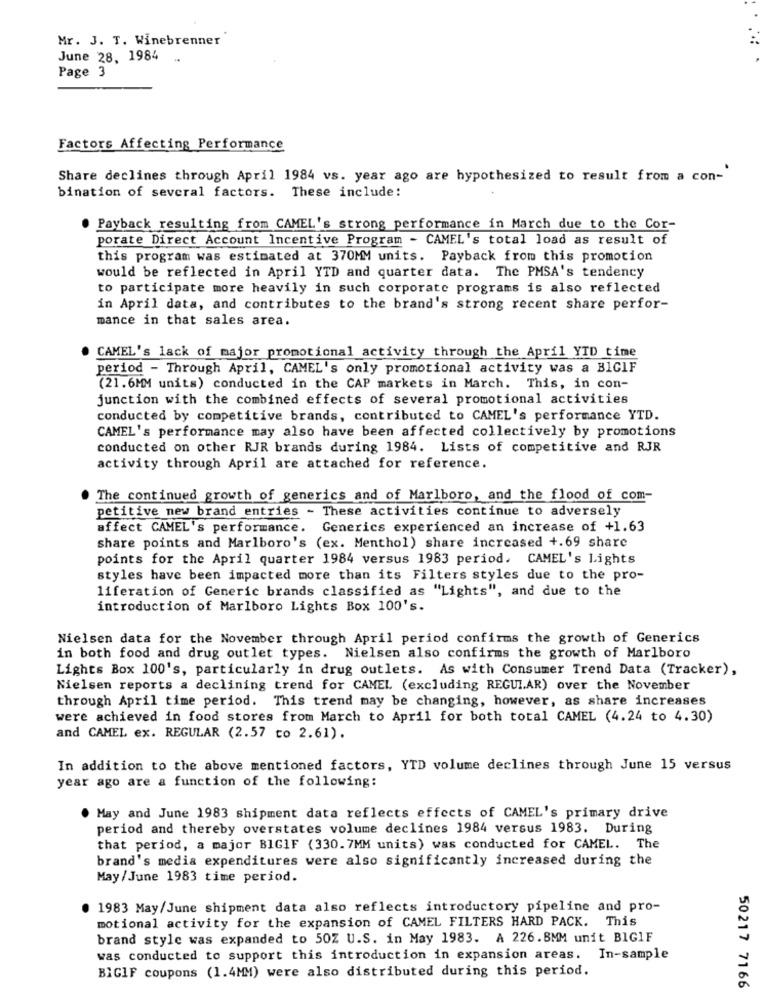
Mr. J. T. Winebrenner
June 28. 1984
Page 3
Factors Affecting Performance
Share declines through April 1984 vs. year ago are hypothesized to result from a con-
bination of several factors. These include:
Payback resulting from CAMEL's strong performance in March due to the Cor-
porate Direct Account Incentive Program - CAMEL's total load as result of
this program was estimated at 370MM units. Payback from this promotion
would be reflected in April YTD and quarter data. The PMSA's tendency
to participate more heavily in such corporate programs is also reflected
in April data, and contributes to the brand's strong recent share perfor-
mance in that sales area.
CAMEL's lack of major promotional activity through the April YTD time
period - Through April, CAMEL's only promotional activity was a BIGIF
(21.6MM units) conducted in the CAP markets in March. This, in con-
junction with the combined effects of several promotional activities
conducted by competitive brands, contributed to CAMEL's performance YTD.
CAMEL's performance may also have been affected collectively by promotions
conducted on other RJR brands during 1984. Lists of competitive and RJR
activity through April are attached for reference.
The continued growth of generics and of Marlboro, and the flood of com-
petitive new brand entries - These activities continue to adversely
affect CAMEL's performance.
Generics experienced an increase of +1.63
share points and Marlboro's (ex. Menthol) share increased +.69 share
points for the April quarter 1984 versus 1983 period. CAMEL's Lights
styles have been impacted more than its Filters styles due to the pro-
liferation of Generic brands classified as "Lights", and due to the
introduction of Marlboro Lights Box 100's.
Nielsen data for the November through April period confirms the growth of Generics
in both food and drug outlet types. Nielsen also confirms the growth of Marlboro
Lights Box 100's, particularly in drug outlets. As with Consumer Trend Data (Tracker),
Nielsen reports a declining trend for CAMEL (excluding REGULAR) over the November
through April time period. This trend may be changing, however, as share increases
were achieved in food stores from March to April for both total CAMEL (4.24 to 4.30)
and CAMEL ex. REGULAR (2.57 to 2.61).
In addition to the above mentioned factors, YTD volume declines through June 15 versus
year ago are a function of the following:
May and June 1983 shipment data reflects effects of CAMEL's primary drive
period and thereby overstates volume declines 1984 versus 1983. During
that period, a major BIGIF (330.7MM units) was conducted for CAMEL. The
brand's media expenditures were also significantly increased during the
May/June 1983 time period.
1983 May/June shipment data also reflects introductory pipeline and pro-
motional activity for the expansion of CAMEL FILTERS HARD PACK. This
brand style was expanded to 50Z U.S. in May 1983. A 226.8MM unit BIGIF
was conducted to support this introduction in expansion areas. In-sample
BIGIF coupons (1.4MM) were also distributed during this period.
50217 7166